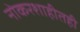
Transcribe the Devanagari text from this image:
नोकरशाहीतही